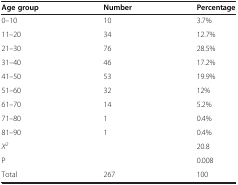
<table><thead><tr><td><b>Age group</b></td><td><b>Number</b></td><td><b>Percentage</b></td></tr></thead><tbody><tr><td>0–10</td><td>10</td><td>3.7%</td></tr><tr><td>11–20</td><td>34</td><td>12.7%</td></tr><tr><td>21–30</td><td>76</td><td>28.5%</td></tr><tr><td>31–40</td><td>46</td><td>17.2%</td></tr><tr><td>41–50</td><td>53</td><td>19.9%</td></tr><tr><td>51–60</td><td>32</td><td>12%</td></tr><tr><td>61–70</td><td>14</td><td>5.2%</td></tr><tr><td>71–80</td><td>1</td><td>0.4%</td></tr><tr><td>81–90</td><td>1</td><td>0.4%</td></tr><tr><td><i>X</i><sup><i>2</i></sup></td><td> </td><td>20.8</td></tr><tr><td>P</td><td> </td><td>0.008</td></tr><tr><td>Total</td><td>267</td><td>100</td></tr></tbody></table>